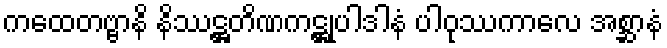
ကထေတဗ္ဗာနိ နိဿဋ္ဌတိဏကဋ္ဌုပါဒါနံ ပါဝုဿကာလေ အစ္ဆာနံ